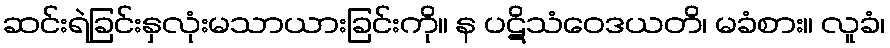
ဆင်းရဲခြင်းနှလုံးမသာယားခြင်းကို။ န ပဋိသံဝေဒယတိ၊ မခံစား။ လူခံ၊